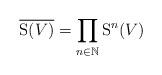
LaTeX: \begin{align*}\overline{\mathrm{S}(V)} = \prod_{n \in \mathbb{N}} \mathrm{S}^n(V)\end{align*}